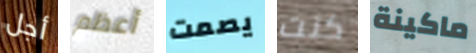
أجل أعظم يصمت كنت ماكينة